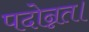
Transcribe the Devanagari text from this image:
पदोन्नत।